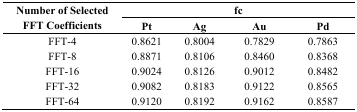
| <ROWSPAN=2> Number of Selected FFT Coefficients | <COLSPAN=4> fc |
 | Pt | Ag | Au | Pd |
 | --- | --- | --- | --- | --- |
 | FFT-4 | 0.8621 | 0.8004 | 0.7829 | 0.7863 |
 | FFT-8 | 0.8871 | 0.8106 | 0.8460 | 0.8368 |
 | FFT-16 | 0.9024 | 0.8126 | 0.9012 | 0.8482 |
 | FFT-32 | 0.9082 | 0.8183 | 0.9122 | 0.8565 |
 | FFT-64 | 0.9120 | 0.8192 | 0.9162 | 0.8587 |